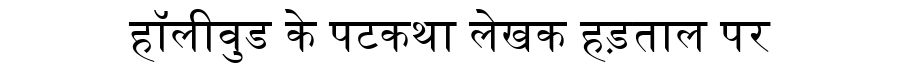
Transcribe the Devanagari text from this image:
हॉलीवुड के पटकथा लेखक हड़ताल पर